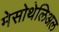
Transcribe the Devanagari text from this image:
मेसोथेलिअल